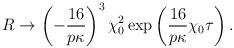
LaTeX: \begin{align*}R \rightarrow \left(-\frac{16}{p\kappa}\right)^3 \chi_0^2\exp\left(\frac{16}{p\kappa}\chi_0 \tau\right).\end{align*}